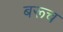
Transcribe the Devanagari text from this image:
बरूच